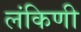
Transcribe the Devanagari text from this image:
लंकिणी